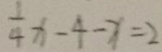
\frac { 1 } { 4 } x - 4 - x = 2